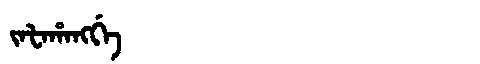
Manchu: ᠵᠠᡶᠠᡥᠠᠩᡤᡝ
Romanization: JAFAHANGGE